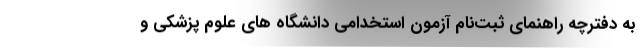
به دفترچه‌ راهنمای ثبت‌نام آزمون استخدامی دانشگاه های علوم پزشکی و